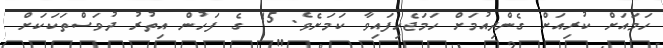
ހަމައަށް ކުރިއަށް ގެންދިއުމަށް ހަމަޖެހިފައިވާ ކަމަށެވެ. 15 ގެ ފަހުން އިތުރު ދުވަސްތަކަކަށް